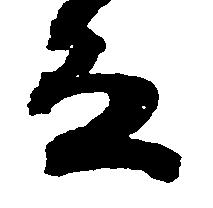
な